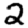
Digit: 2